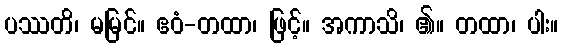
ပဿတိ၊ မမြင်။ ဧဝံ-တထာ၊ ဖြင့်။ အကာသိ၊ ၏။ တထာ၊ ပါး။